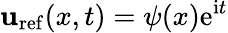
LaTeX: \mathbf{u}_{\mathrm{{ref}}}(x,t)=\psi(x)\mathrm{{e}}^{\mathrm{{i}}t}